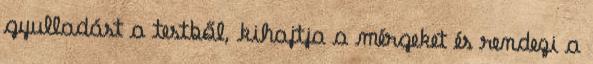
gyulladást a testből, kihajtja a mérgeket és rendezi a